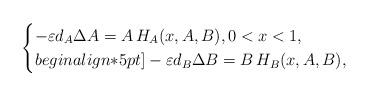
LaTeX: \begin{align*}\begin{cases}-\varepsilon d_A\Delta A = A \, H_A(x,A,B), 0 < x < 1, \\begin{align*}5pt]-\varepsilon d_B\Delta B = B\, H_B(x,A,B),\end{cases}\end{align*}